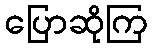
ပြောဆိုကြ